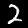
Digit: 2